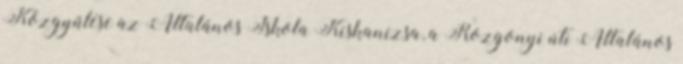
Közgyűlése az Általános Iskola Kiskanizsa, a Rozgonyi úti Általános